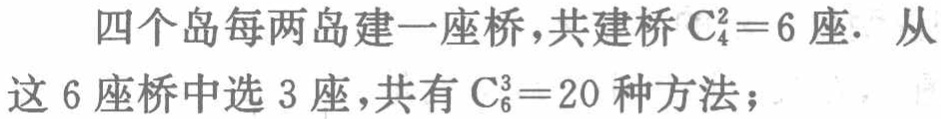
四个岛每两岛建一座桥，共建桥\(C_{4}^{2}=6\)座. 从这\(6\)座桥中选\(3\)座，共有\(C_{6}^{3}=20\)种方法；